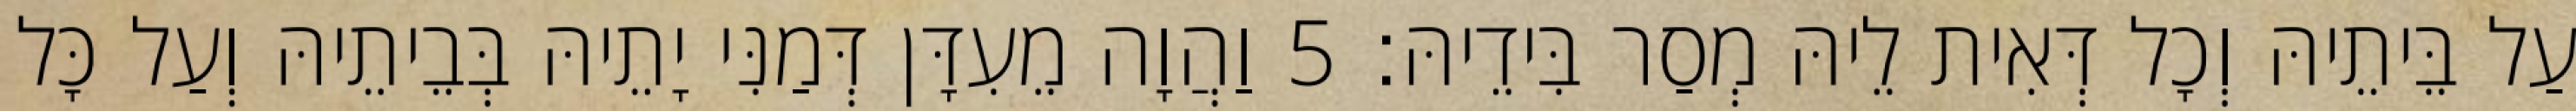
עַל בֵּיתֵיהּ וְכָל דְּאִית לֵיהּ מְסַר בִּידֵיהּ׃ 5 וַהֲוָה מֵעִדָּן דְּמַנִּי יָתֵיהּ בְּבֵיתֵיהּ וְעַל כָּל